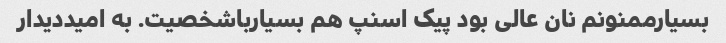
بسیارممنونم نان عالی بود پیک اسنپ هم بسیارباشخصیت. به امیددیدار